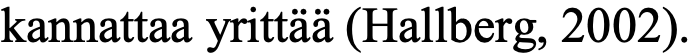
kannattaa yrittää (Hallberg, 2002).